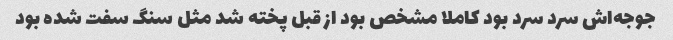
جوجه‌اش سرد سرد بود کاملا مشخص بود از قبل پخته شد مثل سنگ سفت شده بود